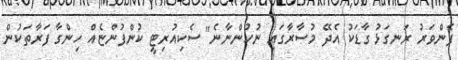
ފެންވަރު ރަނގަޅު ގާޑަކު އެދޭ މުސާރާގައި ނުހުންނާނެ" ސެކިއުރިޓީ ކުންފުންޏެއް ހިންގާ ފަރާތަކުން